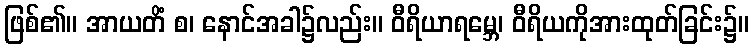
ဖြစ်၏။ အာယတိံ စ၊ နောင်အခါ၌လည်း။ ဝီရိယာရမ္ဘေ၊ ဝီရိယကိုအားထုတ်ခြင်း၌။